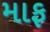
માફ